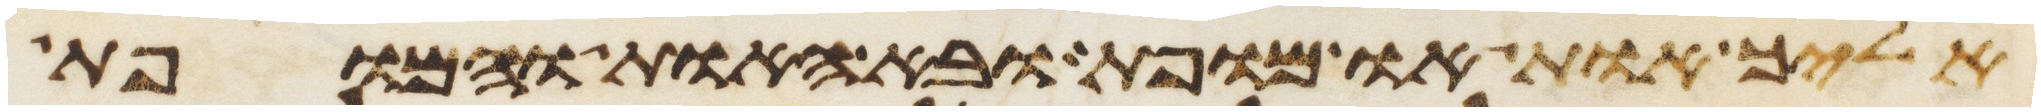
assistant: אליך אות או מופת ובא האות והמופת